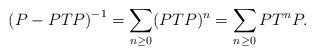
LaTeX: \begin{align*} \left( P-PTP\right)^{-1}=\sum_{n\ge 0} (PTP)^n=\sum_{n\ge 0} PT^nP. \end{align*}